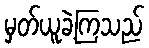
မှတ်ယူခဲ့ကြသည်